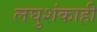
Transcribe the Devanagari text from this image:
लघुशंकाही